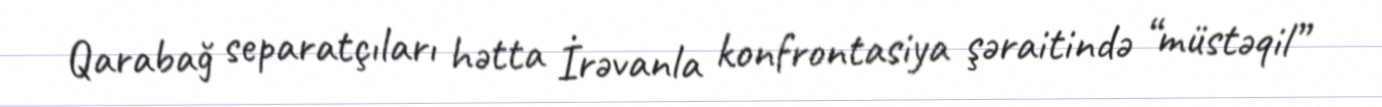
Qarabağ separatçıları hətta İrəvanla konfrontasiya şəraitində “müstəqil”